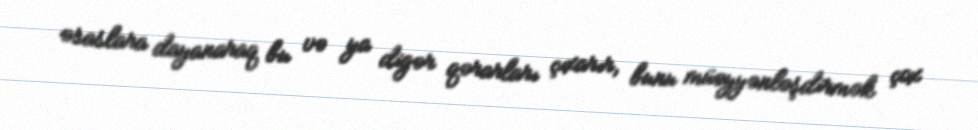
əsaslara dayanaraq bu və ya digər qərarları çıxarır, bunu müəyyənləşdirmək çox